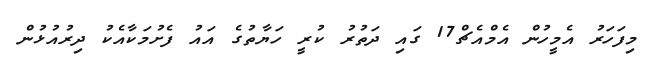
މިފަހަރު އެމީހުން އެމްއެޗް17 ގައި ދަތުރު ކުރީ ހަޔާތުގެ އައު ފެށުމަކާއެކު ދިރުއުޅުން